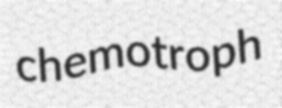
chemotroph